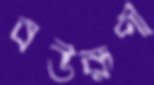
বউরূপী